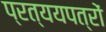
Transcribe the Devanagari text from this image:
प्रत्ययपत्रों